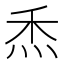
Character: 𤇕